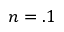
n = . 1